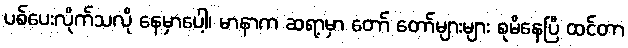
ပစ်ပေးလိုက်သလို နေမှာပေါ့၊ မာနာက ဆရာ့မှာ တော် တော်များများ စုမိနေပြီ ထင်တာ